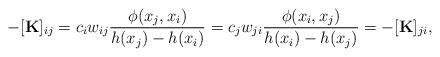
LaTeX: \begin{align*} -[\textbf{K}]_{ij}=c_iw_{ij}\frac{\phi(x_j,x_i)}{h(x_j)-h(x_i)}= c_jw_{ji} \frac{\phi(x_i,x_j)}{h(x_i)-h(x_j)}=-[\textbf{K}]_{ji}, \end{align*}